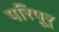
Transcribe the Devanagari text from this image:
परिपूर्